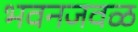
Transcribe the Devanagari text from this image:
भवनजवळ